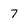
Character: 7